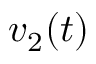
v _ { 2 } ( t )